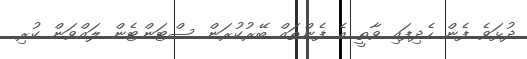
ދުޅަވެ ފެން ހެދިފައި ވާތީ އެ ފެންތައް ބޭރުކުރަން ސްޓަންޓެން ލައްވަން ކުރި